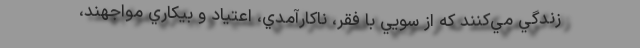
زندگي مي‌كنند كه از سويي با فقر، ناكارآمدي، اعتياد و بيكاري مواجهند،